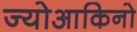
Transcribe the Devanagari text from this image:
ज्योआकिनो